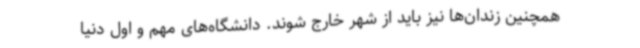
همچنین زندان‌ها نیز باید از شهر خارج شوند. دانشگاه‌های مهم و اول دنیا